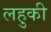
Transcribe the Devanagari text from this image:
लहुकी